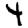
Digit: 4